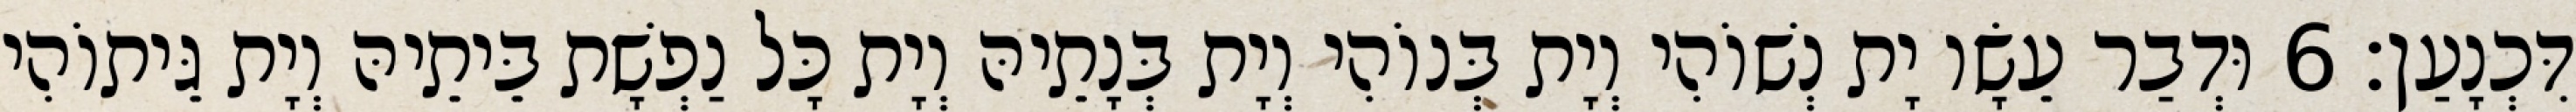
דִּכְנָעַן׃ 6 וּדְבַר עֵשָׂו יָת נְשׁוֹהִי וְיָת בְּנוֹהִי וְיָת בְּנָתֵיהּ וְיָת כָּל נַפְשָׁת בֵּיתֵיהּ וְיָת גֵּיתוֹהִי